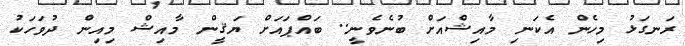
ރަނގަޅު މިހެން އެކަނި މާއިޝްއަށް ބުނެވެނީ.. ބައްޕައަށް ޔަޤީން މާއިޝް މިއިން ދުވަހަކު